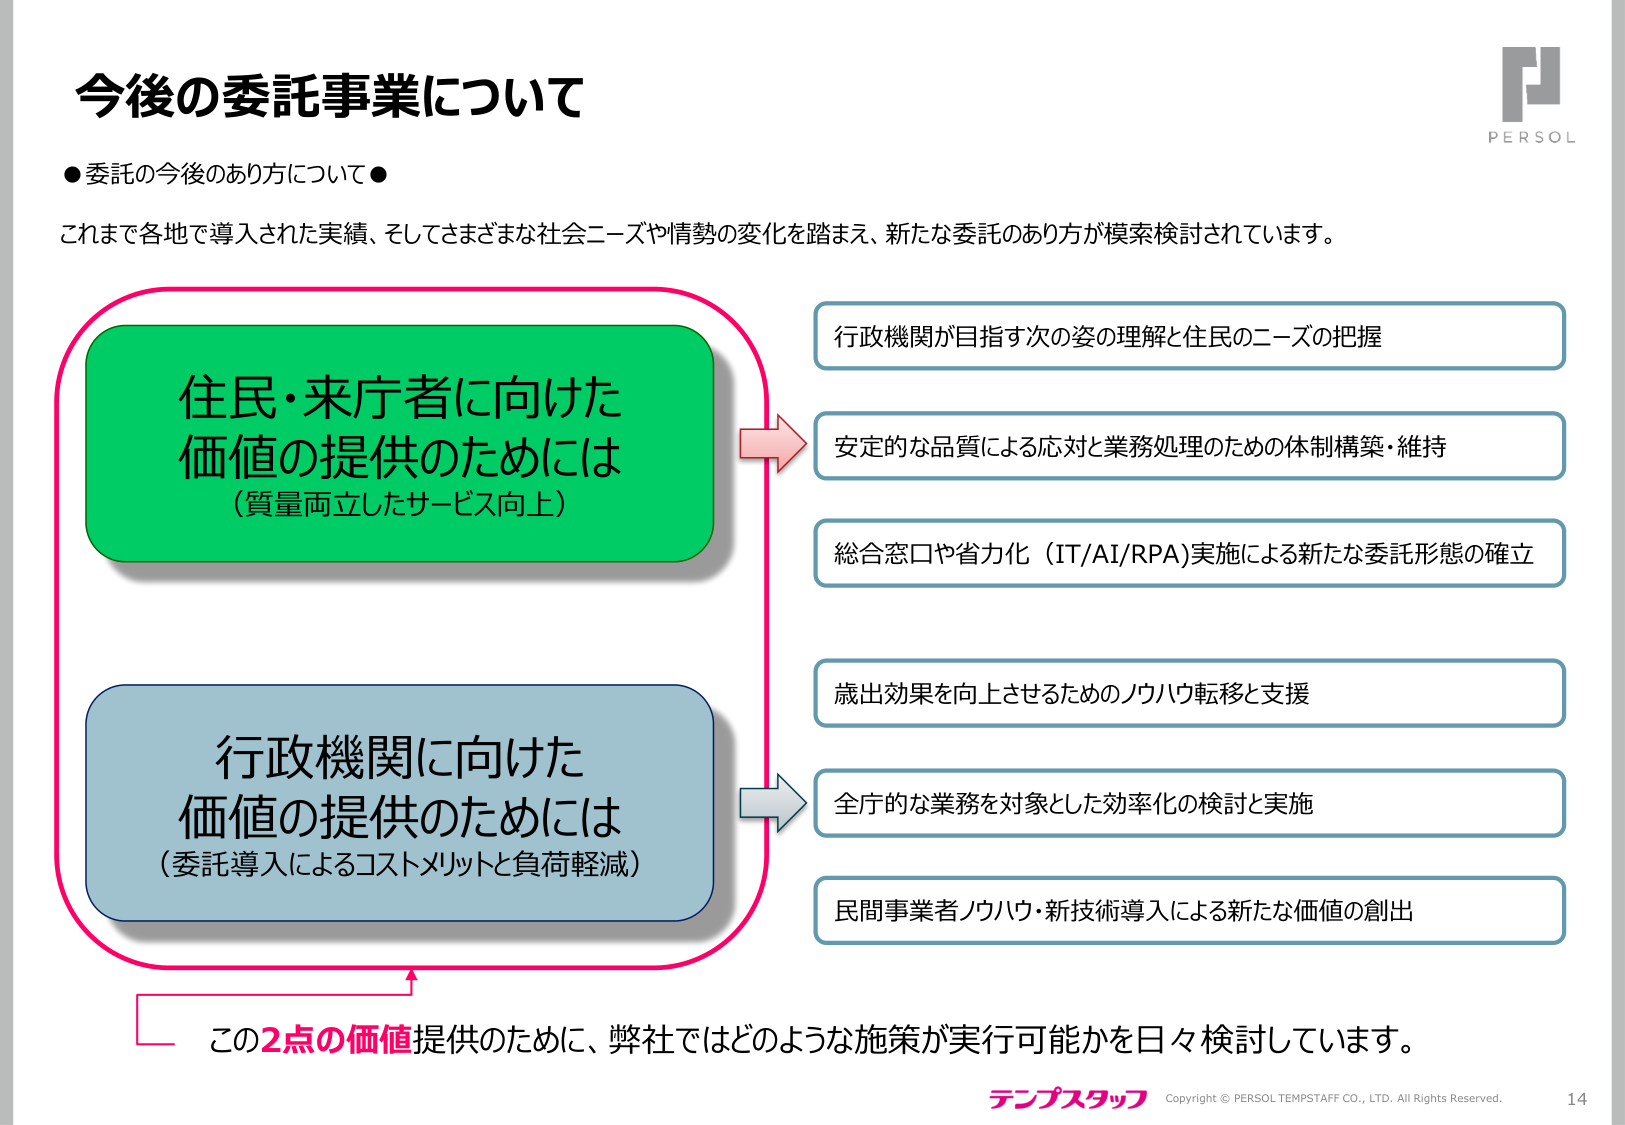
今後の委託事業について

●委託の今後のあり方について●

これまで各地で導入された実績、そしてさまざまな社会ニーズや情勢の変化を踏まえ、新たな委託のあり方が模索検討されています。

住民・来庁者に向けた
価値の提供のためには
（質量両立したサービス向上）

行政機関に向けた
価値の提供のためには
（委託導入によるコストメリットと負荷軽減）

行政機関が目指す次の姿の理解と住民のニーズの把握

安定的な品質による応対と業務処理のための体制構築・維持

総合窓口や省力化（IT/AI/RPA）実施による新たな委託形態の確立

歳出効果を向上させるためのノウハウ転移と支援

全庁的な業務を対象とした効率化の検討と実施

民間事業者ノウハウ・新技術導入による新たな価値の創出

この2点の価値提供のために、弊社ではどのような施策が実行可能かを日々検討しています。

テンプスタッフ
Copyright © PERSOL TEMPSTAFF CO., LTD. All Rights Reserved.
14

PERSOL